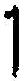
1